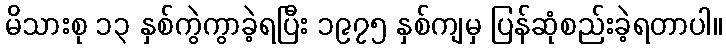
မိသားစု ၁၃ နှစ်ကွဲကွာခဲ့ရပြီး ၁၉၇၅ နှစ်ကျမှ ပြန်ဆုံစည်းခဲ့ရတာပါ။